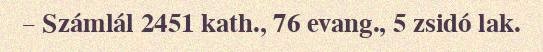
– Számlál 2451 kath., 76 evang., 5 zsidó lak.